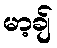
မာ့ချ်